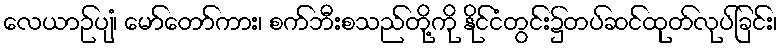
လေယာဉ်ပျံ၊ မော်တော်ကား၊ စက်ဘီးစသည်တို့ကို နိုင်ငံတွင်း၌တပ်ဆင်ထုတ်လုပ်ခြင်း၊